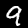
Label: 9